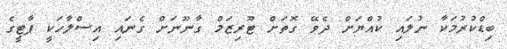
ބިޑްކުރުމަކާ ނުލައި ކުއްޔަށް ދެވޭ ގޮތަށް ޓޫރިޒަމް ގާނޫނަށް ގެނައި އިސްލާހަކީ ޕާޓީގެ